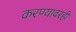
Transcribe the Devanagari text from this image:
करण्यावरही